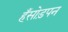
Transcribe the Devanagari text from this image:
हँसोड़पन